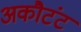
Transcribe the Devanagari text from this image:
अकौटंट